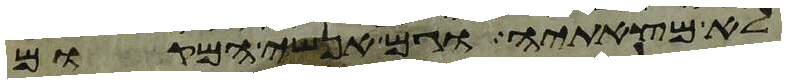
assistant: לא מצאתיה וגם אנשי המקום